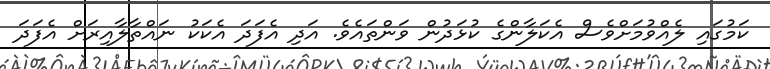
ކަމުގައި ލެއްވުމަށްވެސް އެކަލާންގެ ކުޅަދުން ވަންތައެވެ. އަދި އެފަދަ އެކަކު ނައްތާލާއިރަށް އެފަދަ